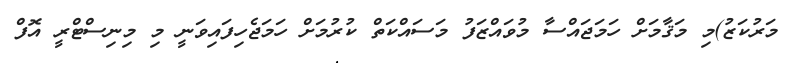
މަރުކަޒު)މި މަޤާމަށް ހަމަޖައްސާ މުވައްޒަފު މަސައްކަތް ކުރުމަށް ހަމަޖެހިފައިވަނީ މި މިނިސްޓްރީ އޮފް